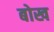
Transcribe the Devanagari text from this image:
बोख